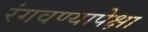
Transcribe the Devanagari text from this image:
रंगवण्यापेक्षा